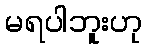
မရပါဘူးဟု